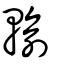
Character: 輸